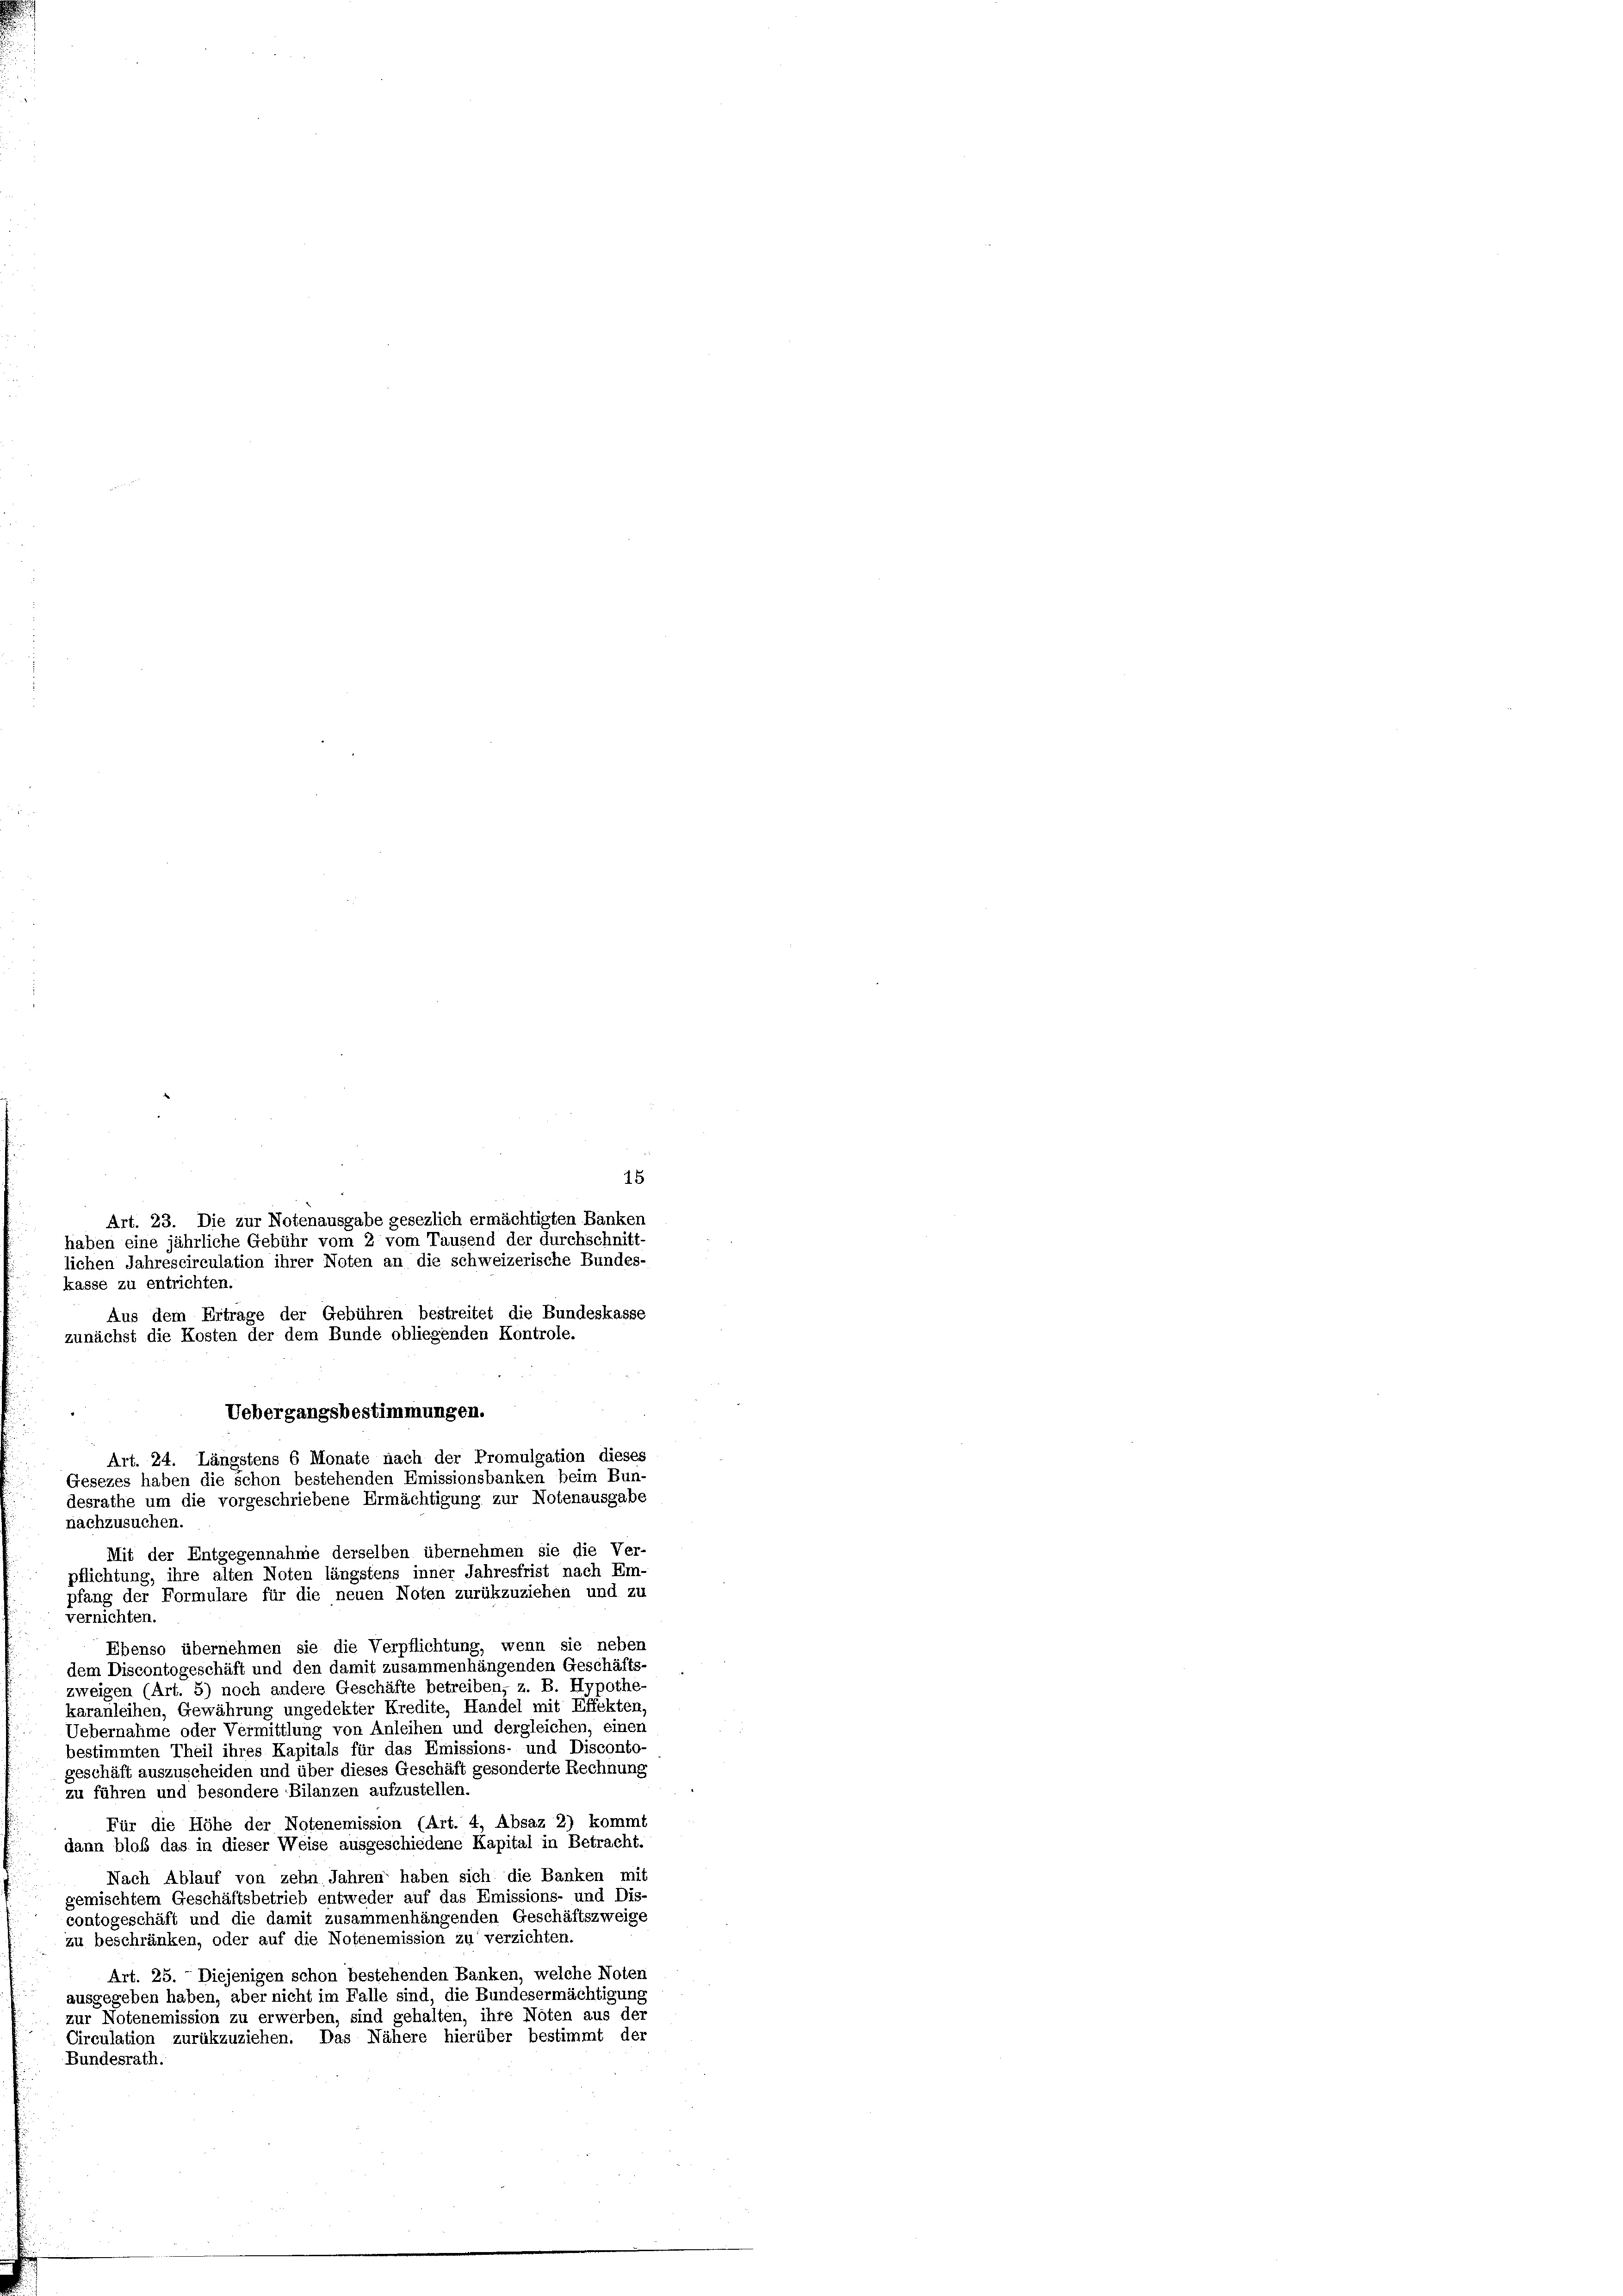
15
Art. 23. Die zur Notenausgabe gesezlich ermächtigten Banken
haben eine jährliche Gebühr vom 2 vom Tausend der durchschnitt-
lichen Jahrescirculation ihrer Noten an die schweizerische Bundes-
kasse zu entrichten.
Aus dem Ertrage der Gebühren bestreitet die Bundeskasse
zunächst die Kosten der dem Bunde obliegenden Kontrole.
nachzusuchen.
vernichten.
Ebenso übernehmen sie die Verpflichtung, wenn sie neben
dem Discontogeschäft und den damit zusammenhängenden Geschäfts-
zweigen (Art. 5) noch andere Geschäfte betreiben, z. B. Hypothe-
karanleihen, Gewährung ungedekter Kredite, Handel mit Effekten,
Uebernahme oder Vermittlung von Anleihen und dergleichen, einer
bestimmten Theil ihres Kapitals für das Emissions- und Disconto
geschäft auszuscheiden und über dieses Geschäft gesonderte Rechnung
zu führen und besondere Bilanzen aufzustellen.
Für die Höhe der Notenemission (Art. 4, Absaz 2) kommt
dann bloß das in dieser Weise ausgeschiedene Kapital in Betracht.
Nach Ablauf von zehn Jahren haben sich die Banken mit
gemischtem Geschäftsbetrieb entweder auf das Emissions- und Dis-
contogeschäft und die damit zusammenhängenden Geschäftszweige
zu beschränken, oder auf die Notenemission zu verzichten.
Art. 25. Diejenigen schon bestehenden Banken, welche Noten
ausgegeben haben, aber nicht im Falle sind, die Bundesermächtigung
zur Notenemission zu erwerben, sind gehalten, ihre Nöten aus der
Circulation zurükzuziehen. Das Nähere hierüber bestimmt der
Bundesrath.

Uebergangsbestimmungen.
Art. 24. Längstens 6 Monate nach der Promulgation dieses
Gesezes haben die schon bestehenden Emissionsbanken beim Bun-
desrathe um die vorgeschriebene Ermächtigung zur Notenausgabe
Mit der Entgegennahme derselben übernehmen sie die Ver-
pflichtung, ihre alten Noten längstens inner Jahresfrist nach Em-
pfang der Formulare für die neuen Noten zurükzuziehen und zu